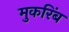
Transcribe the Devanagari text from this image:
मुकरिंब